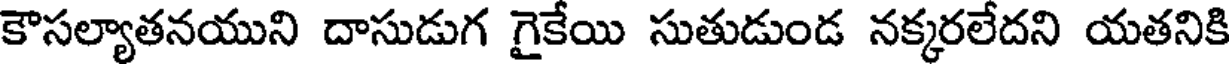
కౌసల్యాతనయుని దాసుడుగ గైకేయి సుతుడుండ నక్కరలేదని యతనికి